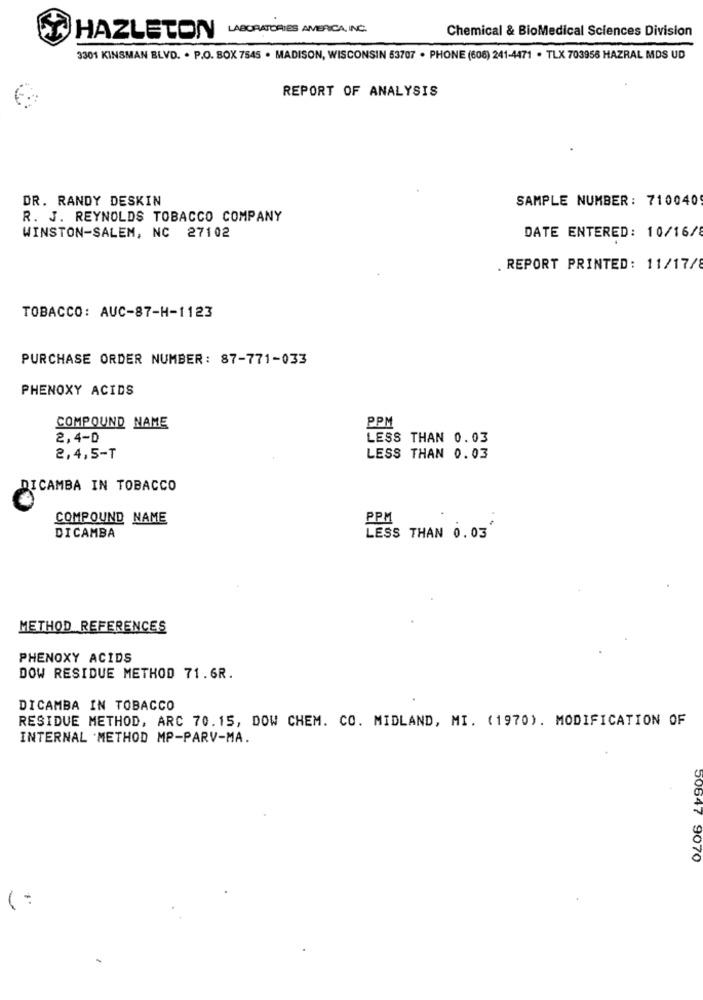
LABORATORIES AMERICA, INC.
Chemical & BioMedical Sciences Division
HAZLETON
3301 KINSMAN BLVD. . P.O. BOX 7545 . MADISON, WISCONSIN 53707 . PHONE (608) 241-4471 . TLX 703958 HAZRAL MDS UD
REPORT OF ANALYSIS
DR. RANDY DESKIN
SAMPLE NUMBER: 7100409
R. J. REYNOLDS TOBACCO COMPANY
WINSTON-SALEM, NC 27102
DATE ENTERED: 10/16/8
. REPORT PRINTED: 11/17/8
TOBACCO: AUC-87-H-1123
PURCHASE ORDER NUMBER: 87-771-033
PHENOXY ACIDS
PPM
COMPOUND NAME
2,4-D
LESS THAN 0.03
2,4,5-T
LESS THAN 0.03
DICAMBA IN TOBACCO
COMPOUND NAME
PPM
DICAMBA
LESS THAN 0.03
METHOD REFERENCES
PHENOXY ACIDS
DOW RESIDUE METHOD 71.6R.
DICAMBA IN TOBACCO
RESIDUE METHOD, ARC 70.15, DOW CHEM. CO. MIDLAND, MI. (1970). MODIFICATION OF
INTERNAL .METHOD MP-PARV-MA.
50647 9070
(: